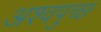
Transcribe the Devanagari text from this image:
अश्वपुच्छ